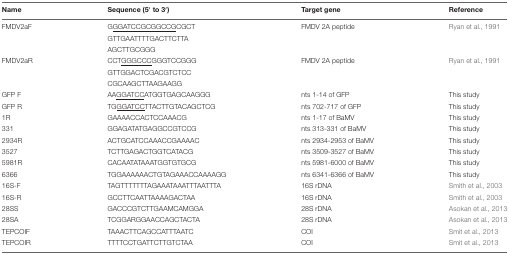
<table><thead><tr><td><b>Name</b></td><td><b>Sequence (5′ to 3′)</b></td><td><b>Target gene</b></td><td><b>Reference</b></td></tr></thead><tbody><tr><td>FMDV2aF</td><td>G<underline>GGATCCGCGGCCG</underline>CGCT</td><td>FMDV 2A peptide</td><td>Ryan et al., 1991</td></tr><tr><td></td><td>GTTGAATTTTGACTTCTTA</td><td></td><td></td></tr><tr><td></td><td>AGCTTGCGGG</td><td></td><td></td></tr><tr><td>FMDV2aR</td><td>CCT<underline>GGGCCC</underline>GGGTCCGGG</td><td>FMDV 2A peptide</td><td>Ryan et al., 1991</td></tr><tr><td></td><td>GTTGGACTCGACGTCTCC</td><td></td><td></td></tr><tr><td></td><td>CGCAAGCTTAAGAAGG</td><td></td><td></td></tr><tr><td>GFP F</td><td>AA<underline>GGATCC</underline>ATGGTGAGCAAGGG</td><td>nts 1-14 of GFP</td><td>This study</td></tr><tr><td>GFP R</td><td>TG<underline>GGATCC</underline>TTACTTGTACAGCTCG</td><td>nts 702-717 of GFP</td><td>This study</td></tr><tr><td>1R</td><td>GAAAACCACTCCAAACG</td><td>nts 1-17 of BaMV</td><td>This study</td></tr><tr><td>331</td><td>GGAGATATGAGGCCGTCCG</td><td>nts 313-331 of BaMV</td><td>This study</td></tr><tr><td>2934R</td><td>ACTGCATCCAAACCGAAAAC</td><td>nts 2934-2953 of BaMV</td><td>This study</td></tr><tr><td>3527</td><td>TCTTGAGACTGGTCATACG</td><td>nts 3509-3527 of BaMV</td><td>This study</td></tr><tr><td>5981R</td><td>CACAATATAAATGGTGTGCG</td><td>nts 5981-6000 of BaMV</td><td>This study</td></tr><tr><td>6366</td><td>TGGAAAAAACTGTAGAAACCAAAAGG</td><td>nts 6341-6366 of BaMV</td><td>This study</td></tr><tr><td>16S-F</td><td>TAGTTTTTTTAGAAATAAATTTAATTTA</td><td>16S rDNA</td><td>Smith et al., 2003</td></tr><tr><td>16S-R</td><td>GCCTTCAATTAAAAGACTAA</td><td>16S rDNA</td><td>Smith et al., 2003</td></tr><tr><td>28SS</td><td>GACCCGTCTTGAAMCAMGGA</td><td>28S rDNA</td><td>Asokan et al., 2013</td></tr><tr><td>28SA</td><td>TCGGARGGAACCAGCTACTA</td><td>28S rDNA</td><td>Asokan et al., 2013</td></tr><tr><td>TEPCOIF</td><td>TAAACTTCAGCCATTTAATC</td><td>COI</td><td>Smit et al., 2013</td></tr><tr><td>TEPCOIR</td><td>TTTTCCTGATTCTTGTCTAA</td><td>COI</td><td>Smit et al., 2013</td></tr></tbody></table>